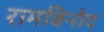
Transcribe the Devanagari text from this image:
रामबिनोद